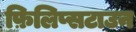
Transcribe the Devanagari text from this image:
फ़िलिप्सटाउन